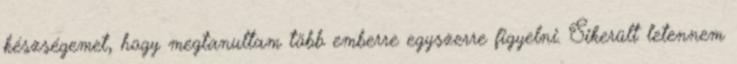
készségemet, hogy megtanultam több emberre egyszerre figyelni. Sikerült letennem